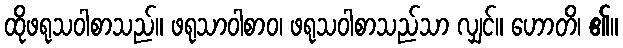
ထိုဖရုသဝါစာသည်။ ဖရုသာဝါစာဝ၊ ဖရုသဝါစာသည်သာ လျှင်။ ဟောတိ၊ ၏။